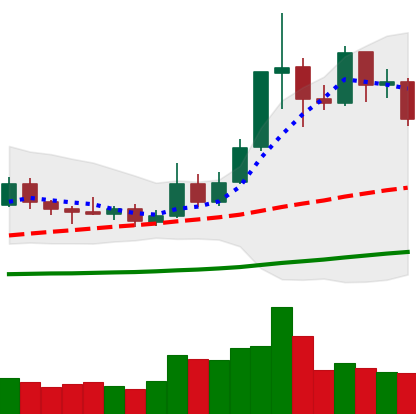
Ticker: ETC-USD
Chart end date: 2019-05-22
Forward return: 17.771%
Label: up_7plus